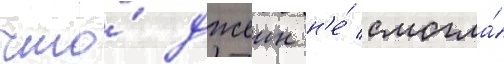
что́ джеин н'е́ смогла́